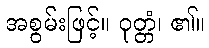
အစွမ်းဖြင့်။ ဝုတ္တံ၊ ၏။